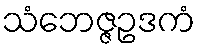
သံဘေဇ္ဇဥဒကံ